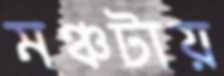
মঞ্চটায়